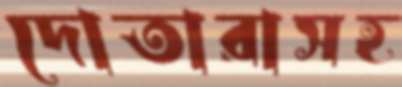
দোতারাসহ